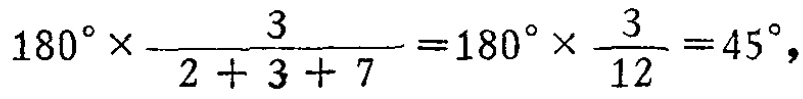
\(180^{\circ}\times\frac{3}{2 + 3 + 7}=180^{\circ}\times\frac{3}{12}=45^{\circ},\)